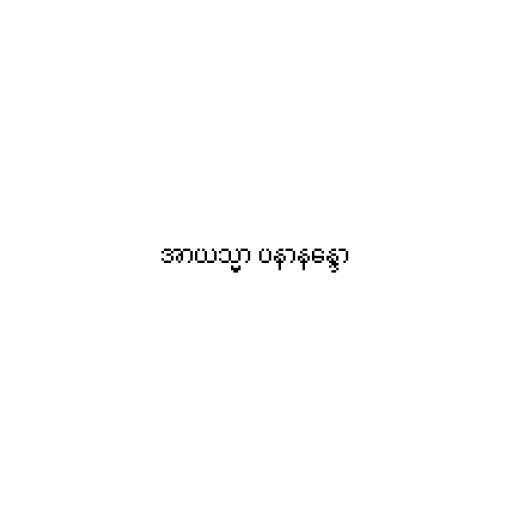
အာယသ္မာ ပနာနန္ဒော